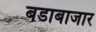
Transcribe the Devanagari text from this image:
बडाबाजार